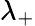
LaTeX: \lambda_{+}